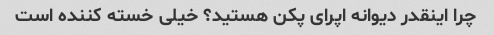
چرا اینقدر دیوانه اپرای پکن هستید؟ خیلی خسته کننده است